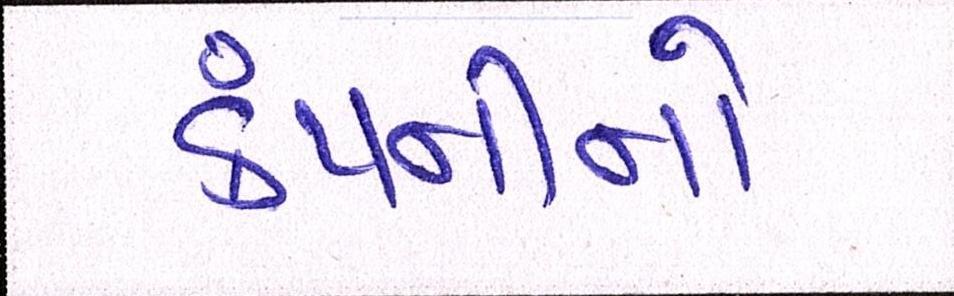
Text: કંપનીનો